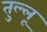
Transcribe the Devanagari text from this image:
तुल्लू